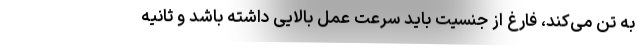
به تن می‌کند، فارغ از جنسیت باید سرعت عمل بالایی داشته باشد و ثانیه